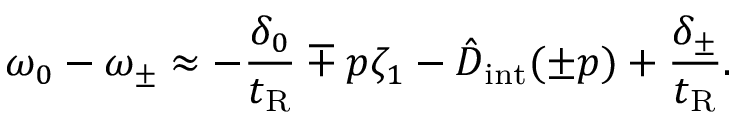
\omega _ { 0 } - \omega _ { \pm } \approx - \frac { \delta _ { 0 } } { t _ { \mathrm { R } } } \mp p \zeta _ { 1 } - \hat { D } _ { \mathrm { i n t } } ( \pm p ) + \frac { \delta _ { \pm } } { t _ { \mathrm { R } } } .